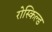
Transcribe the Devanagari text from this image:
रोस्किल्ड